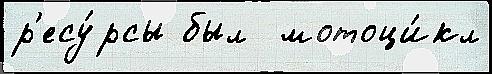
р'есу́рсы был  мотоци́кл